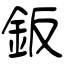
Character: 鈑